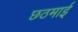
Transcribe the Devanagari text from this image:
छठमाई